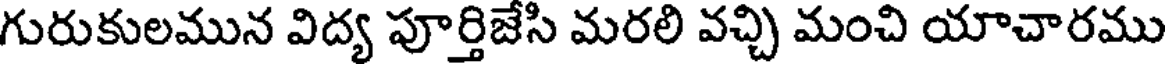
గురుకులమున విద్య పూర్తిజేసి మరలి వచ్చి మంచి యాచారము